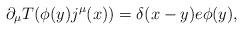
LaTeX: \begin{align*}\partial_{\mu}T(\phi(y)j^{\mu}(x))=\delta(x-y)e\phi(y),\end{align*}